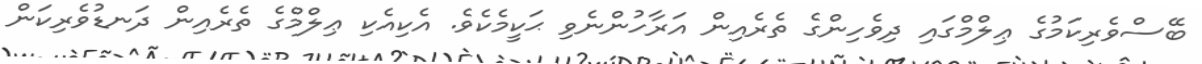
ބޭސްވެރިކަމުގެ ޢިލްމްގައި ދިވެހިންގެ ތެރެއިން އަރާހުންނެވި ޙަކީމެކެވެ. އެކިއެކި ޢިލްމްގެ ތެރެއިން ދަނޑުވެރިކަން